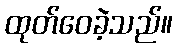
ထုတ်ဝေခဲ့သည်။